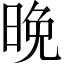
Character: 晚